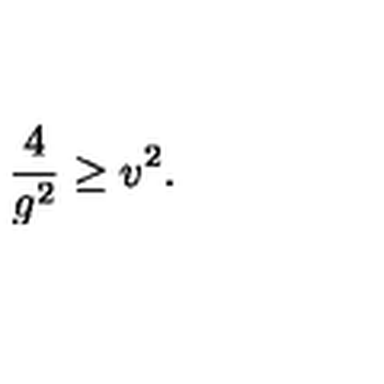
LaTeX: { \frac { 4 } { g ^ { 2 } } } \geq v ^ { 2 } .